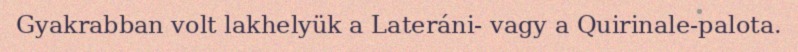
Gyakrabban volt lakhelyük a Lateráni- vagy a Quirinale-palota.